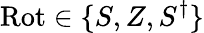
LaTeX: \textrm{Rot}\in\{ S,Z,S^{\dagger}\}